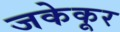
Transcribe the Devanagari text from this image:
जकेकूर